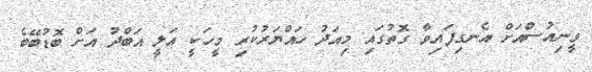
ވީނިއުސްއަށް އެނގިފައިވާ ގޮތުގައި މިއަދު ހައްޔަރުކުރި މީހަކީ އަލީ އަބްދު އަށް ބޮޑުބޭބެ